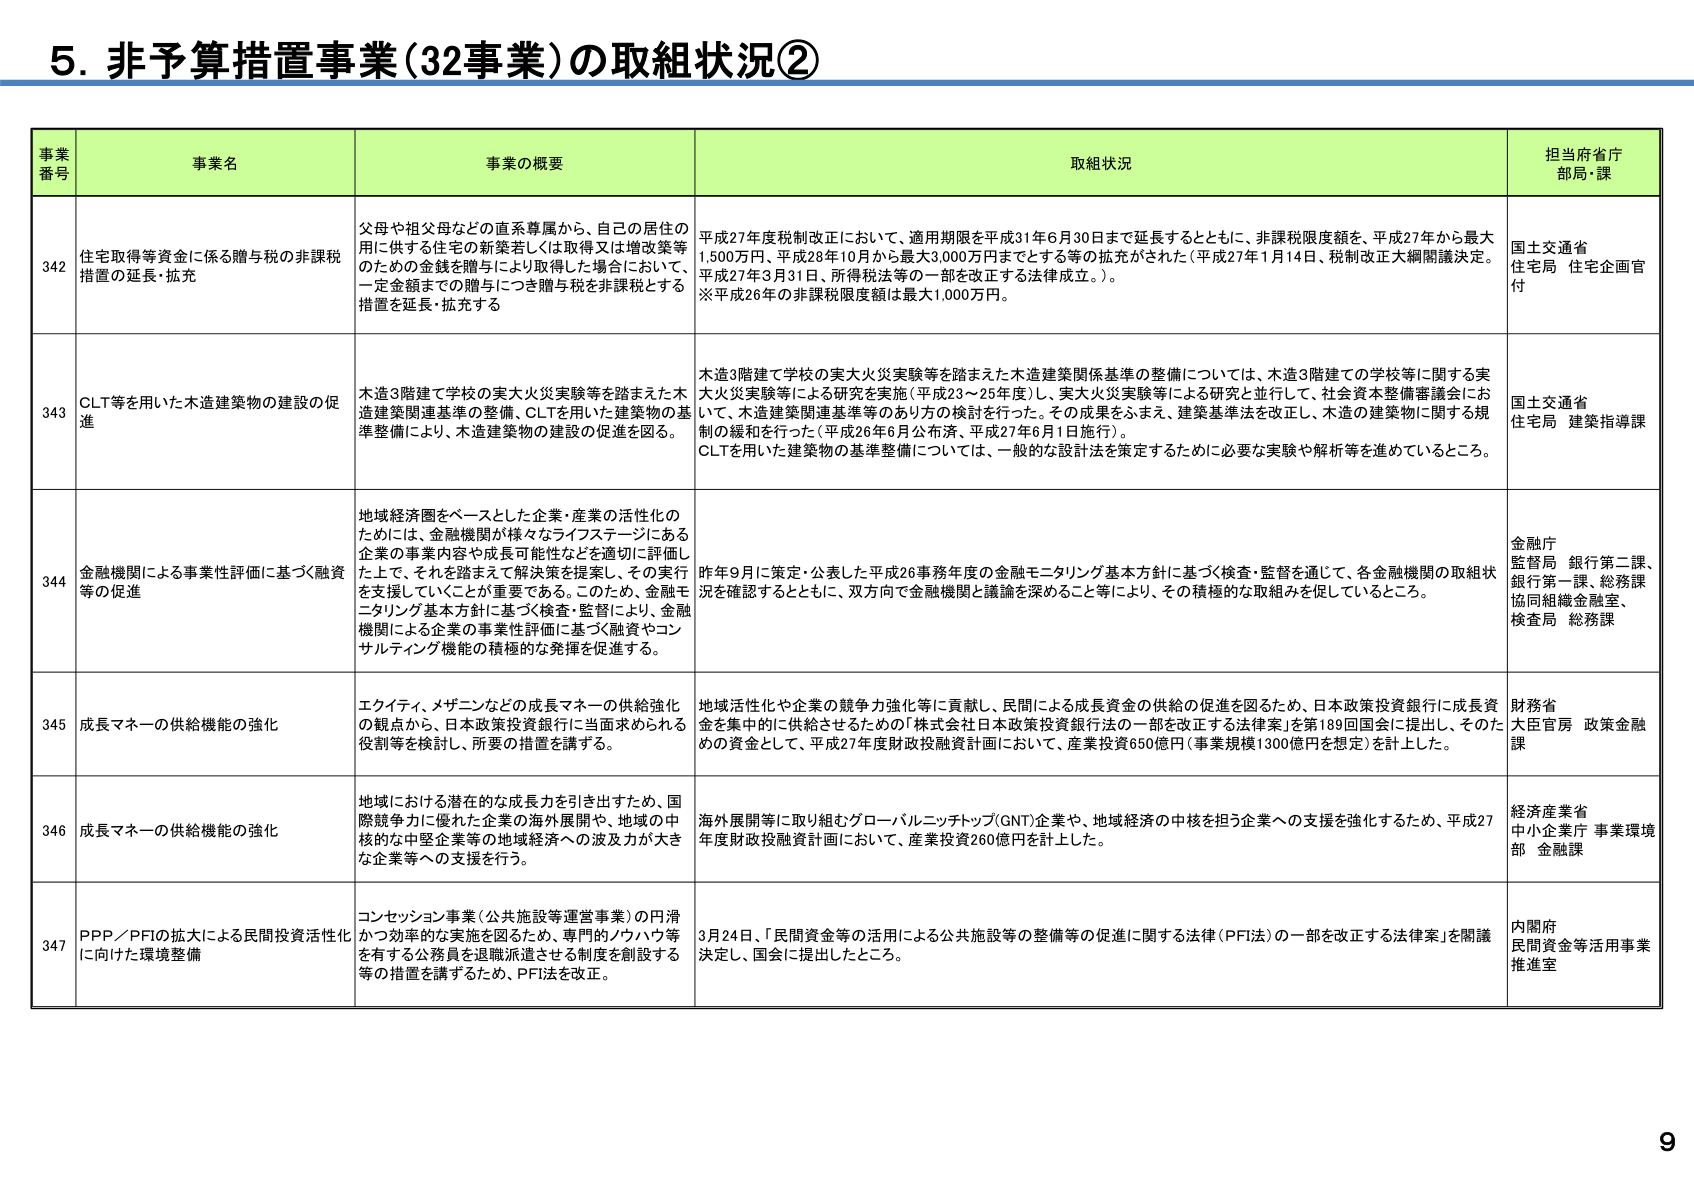
5. 非予算措置事業（32事業）の取組状況②

事業番号 事業名 事業の概要 取組状況 担当府省庁 部局・課

342 住宅取得等資金に係る贈与税の非課税措置の延長・拡充 父母や祖父母などの直系尊属から、自己の居住の用に供する住宅の新築若しくは取得又は増改築等のための金銭を贈与により取得した場合において、一定金額までの贈与につき贈与税を非課税とする措置を延長・拡充する 平成27年度税制改正において、適用期限を平成31年6月30日まで延長するとともに、非課税限度額を、平成27年から最大1,500万円、平成28年10月から最大3,000万円までとする等の拡充がされた（平成27年1月14日、税制改正大綱閣議決定。平成27年3月31日、所得税法等の一部を改正する法律成立。）。 ※平成26年の非課税限度額は最大1,000万円。 国土交通省 住宅局 住宅企画官付

343 CLT等を用いた木造建築物の建設の促進 木造3階建て学校の実大火災実験等を踏まえた木造建築関連基準の整備、CLTを用いた建築物の基準整備により、木造建築物の建設の促進を図る。 木造3階建て学校の実大火災実験等を踏まえた木造建築関係基準の整備については、木造3階建ての学校等に関する実大火災実験等による研究を実施（平成23～25年度）、実大火災実験等による研究と並行して、社会資本整備審議会において、木造建築関連基準等のあり方の検討を行った。その成果をふまえ、建築基準法を改正し、木造の建築物に関する規制の緩和を行った（平成26年6月公布済、平成27年6月1日施行）。 CLTを用いた建築物の基準整備については、一般的な設計法を策定するために必要な実験や解析等を進めているところ。 国土交通省 住宅局 建築指導課

344 金融機関による事業性評価に基づく融資等の促進 地域経済圏をベースとした企業・産業の活性化のためには、金融機関が様々なライフステージにある企業の事業内容や成長可能性などを適切に評価した上で、それを踏まえて解決策を提案し、その実行を支援していくことが重要である。このため、金融モニタリング基本方針に基づく検査・監督により、金融機関による企業の事業性評価に基づく融資やコンサルティング機能の積極的な発揮を促進する。 昨年9月に策定・公表した平成26事務年度の金融モニタリング基本方針に基づく検査・監督を通じて、各金融機関の取組状況を確認するとともに、双方向で金融機関と議論を深めること等により、その積極的な取組みを促しているところ。 金融庁 監督局 銀行第二課、銀行第一課、総務課 協同組織金融室、検査局 総務課

345 成長マネーの供給機能の強化 エクイティ、メザニンなどの成長マネーの供給強化の観点から、日本政策投資銀行に当面求められる役割等を検討し、所要の措置を講ずる。 地域活性化や企業の競争力強化等に貢献し、民間による成長資金の供給の促進を図るため、日本政策投資銀行に成長資金を集中的に供給させるための「株式会社日本政策投資銀行法の一部を改正する法律案」を第189回国会に提出し、そのための資金として、平成27年度財政投融資計画において、産業投資650億円（事業規模1300億円を想定）を計上した。 財務省 大臣官房 政策金融課

346 成長マネーの供給機能の強化 地域における潜在的な成長力を引き出すため、国際競争力に優れた企業の海外展開や、地域の中核的な中堅企業等の地域経済への波及力が大きな企業等への支援を行う。 海外展開等に取り組むグローバルニッチトップ（GNT）企業や、地域経済の中核を担う企業への支援を強化するため、平成27年度財政投融資計画において、産業投資260億円を計上した。 経済産業省 中小企業庁 事業環境部 金融課

347 PPP／PFIの拡大による民間投資活性化に向けた環境整備 コンセッション事業（公共施設等運営事業）の円滑かつ効率的な実施を図るため、専門的ノウハウ等を有する公務員を退職派遣させる制度を創設する等の措置を講ずるため、PFI法を改正。 3月24日、「民間資金等の活用による公共施設等の整備等の促進に関する法律（PFI法）の一部を改正する法律案」を閣議決定し、国会に提出したところ。 内閣府 民間資金等活用事業推進室

9